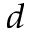
_ { d }